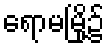
ရောမမြို့၌